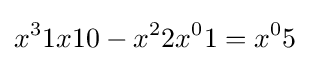
{x^{3}}1{x}10-{x^{2}}2{x^{0}}1={x^{0}}5